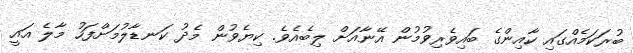
ބުރަކަމެއްގައި ކާއިންގެ ބައިވެރިވުމުން އޭނާއަށް ލިބެއެވެ. ކިޔެވުން މެދު ކަނޑާލުމަށްފަހު މާލެ އައީ